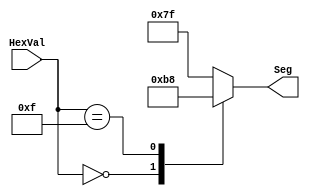
// This program was cloned from: https://github.com/tlimato/ee2390_final
// License: MIT License

// sevenseghexdecoder.v for EE 2390 Lab #4
`timescale 1ns / 1ps
module sevenseghexdecoder(Seg,HexVal);
    output [0:6] Seg;
    input  [3:0] HexVal;
    reg    [0:6] Seg;
    // Signal correspondence is as follows:
    // Display Segment:  a b c d e f g (all active low: 0--on, 1--off)
    // Seg output bit:   0 1 2 3 4 5 6
    // HexVal[3:0] has MSb at bit 3, LSb at bit 0
    always @(HexVal) // Do this whenever HexVal changes
    begin
    case(HexVal)
            4'h0:  Seg = 7'b000_0001;  // forms the character for 0
            // You need to add the others
            4'hF:  Seg = 7'b011_1000;  // forms the character for F
            default:  Seg = 7'b111_1111; //  specify a default (all off)
     endcase
    end
endmodule